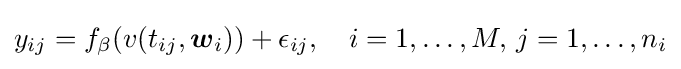
{y}_{ij}=f_{\beta }(v(t_{ij},{\boldsymbol {w}}_{i}))+\epsilon _{ij},\quad i=1,\ldots ,M,\,j=1,\ldots ,n_{i}